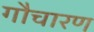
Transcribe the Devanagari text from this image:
गौचारण